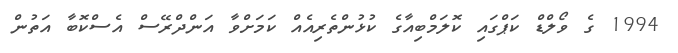
1994 ގެ ވޯލްޑް ކަޕްގައި ކޮލަމްބިއާގެ ކުޅުންތެރިއެއް ކަމަށްވާ އަންދްރޭސް އެސްކޮބާ އަތުން